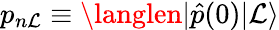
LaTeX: p_{n\mathcal{L}}\equiv\langlen|\hat{{p}}(0)|\mathcal{L}\rangle